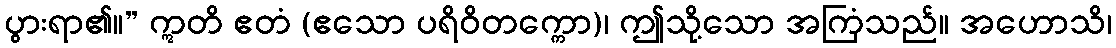
ပွားရာ၏။” ဣတိ ဧတံ (ဧသော ပရိဝိတက္ကော)၊ ဤသို့သော အကြံသည်။ အဟောသိ၊